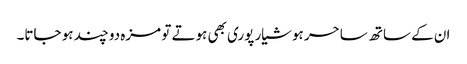
ان کے ساتھ ساحر ہوشیار پوری بھی ہوتے تو مزہ دو چند ہو جاتا۔